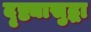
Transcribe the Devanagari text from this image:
दृष्ट्यासुद्धा